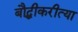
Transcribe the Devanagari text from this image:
बौद्धीकरीत्या